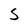
Character: S